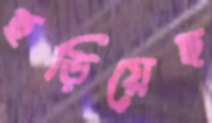
ছড়িয়েছ